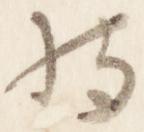
持